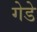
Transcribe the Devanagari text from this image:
गेडे